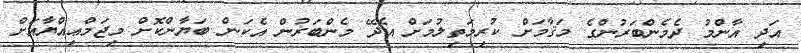
އަދި އާންމު ދެމެންބަރުންގެ މަޤާމަށް ކުރިމަތިލުމަށް އެދޭ މެންބަރުން އެކަން ބަޔާންކޮށް މިޖަމްޢިއްޔާއަށް